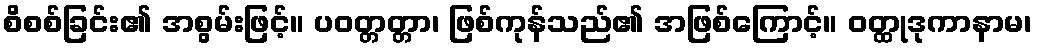
စိစစ်ခြင်း၏ အစွမ်းဖြင့်။ ပဝတ္တတ္တာ၊ ဖြစ်ကုန်သည်၏ အဖြစ်ကြောင့်။ ဝတ္ထုဒုကာနာမ၊